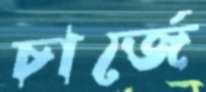
চার্জে